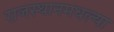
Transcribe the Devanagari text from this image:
राजस्थानमधल्या